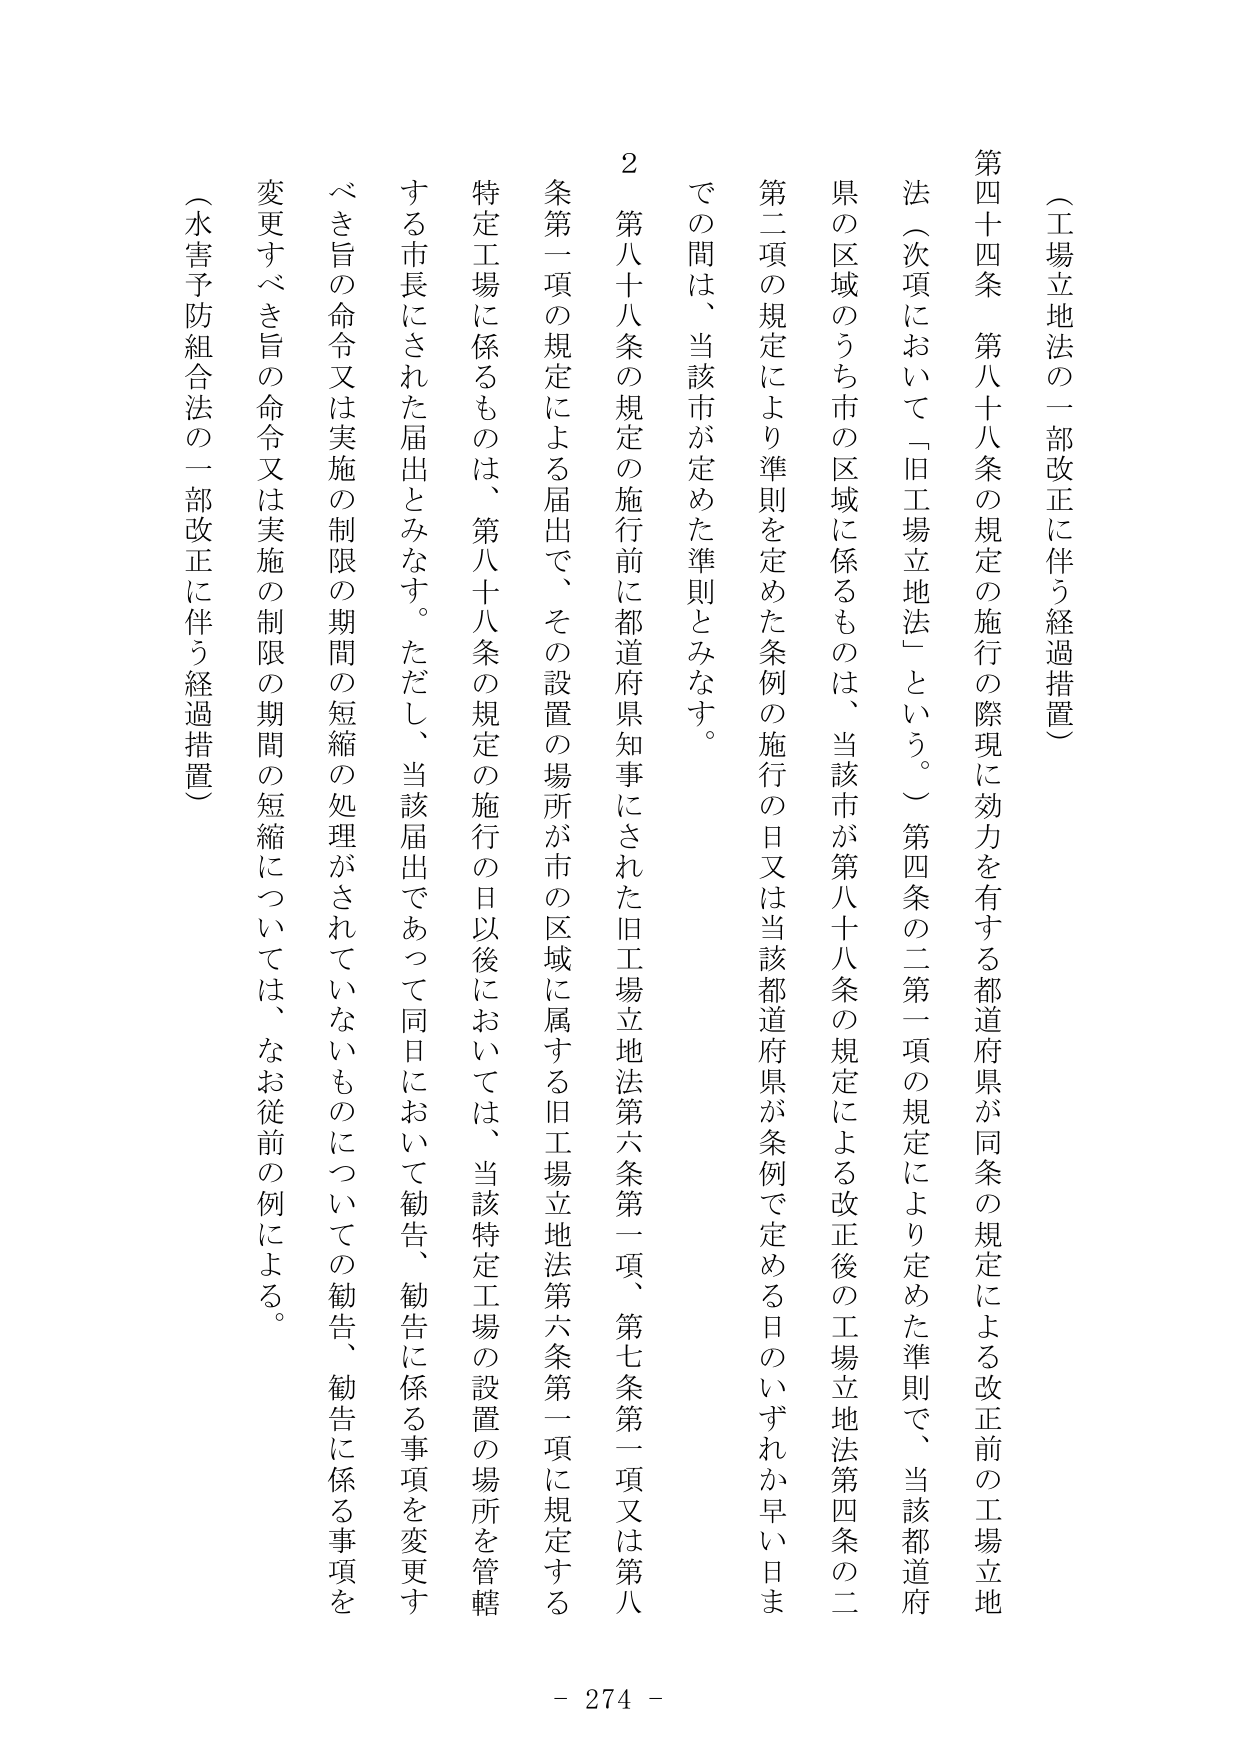
（工場立地法の一部改正に伴う経過措置）

第四十四条　第八十八条の規定の施行の際現に効力を有する都道府県が同条の規定による改正前の工場立地法（次項において「旧工場立地法」という。）第四条の二第一項の規定により定めた準則で、当該都道府県の区域のうち市の区域に係るものは、当該市が第八十八条の規定による改正後の工場立地法第四条の二第二項の規定により準則を定めた条例の施行の日又は当該都道府県が条例で定める日のいずれか早い日までの間は、当該市が定めた準則とみなす。

２　第八十八条の規定の施行前に都道府県知事にされた旧工場立地法第六条第一項、第七条第一項又は第八条第一項の規定による届出で、その設置の場所が市の区域に属する旧工場立地法第六条第一項に規定する特定工場に係るものは、第八十八条の規定の施行の日以後においては、当該特定工場の設置の場所を管轄する市長にされた届出とみなす。ただし、当該届出であって同日において勧告、勧告に係る事項を変更すべき旨の命令又は実施の制限の期間の短縮の処理がされていないものについての勧告、勧告に係る事項を変更すべき旨の命令又は実施の制限の期間の短縮については、なお従前の例による。

（水害予防組合法の一部改正に伴う経過措置）

- 274 -